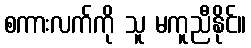
စကားလက်ကို သူ မကူညီနိုင်။